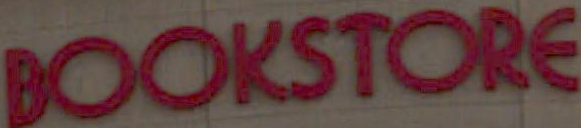
BOOKSTORE